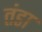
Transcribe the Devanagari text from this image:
तंडा